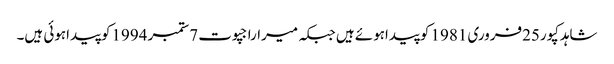
شاہدکپور25فروری 1981 کوپیداہوئے ہیں جبکہ میراراجپوت 7ستمبر 1994کوپیداہوئی ہیں۔